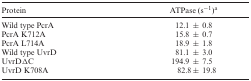
| Protein | ATPase (s−1)a |
 | --- | --- |
 | Wild type PcrA | 12.1 ± 0.8 |
 | PcrA K712A | 15.8 ± 0.7 |
 | PcrA L714A | 18.9 ± 1.8 |
 | Wild type UvrD | 81.1 ± 3.0 |
 | UvrDΔC | 194.9 ± 7.5 |
 | UvrD K708A | 82.8± 19.8 |